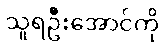
သူရဦးအောင်ကို